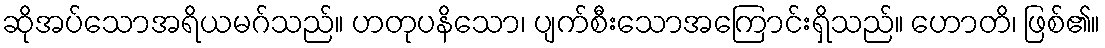
ဆိုအပ်သောအရိယမဂ်သည်။ ဟတုပနိသော၊ ပျက်စီးသောအကြောင်းရှိသည်။ ဟောတိ၊ ဖြစ်၏။